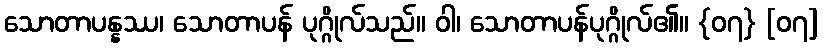
သောတာပန္နဿ၊ သောတာပန် ပုဂ္ဂိုလ်သည်။ ဝါ၊ သောတာပန်ပုဂ္ဂိုလ်၏။ {၀၇} [၀၇]